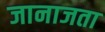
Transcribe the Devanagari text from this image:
जानाजता